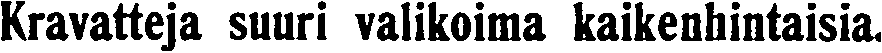
Kravatteja suuri valikoima kaikenhintaisia.